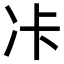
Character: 𠖺